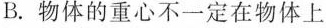
B.物体的重心不一定在物体上